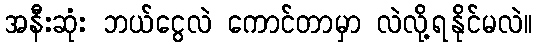
အနီးဆုံး ဘယ်ငွေလဲ ကောင်တာမှာ လဲလို့ရနိုင်မလဲ။